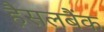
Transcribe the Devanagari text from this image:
हैसलबैंक